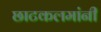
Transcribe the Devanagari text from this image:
छाटकलमांनी